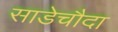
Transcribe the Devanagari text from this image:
साडेचौदा